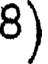
8)